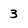
Character: 3